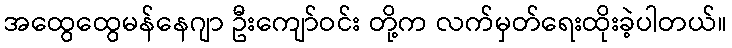
အထွေထွေမန်နေဂျာ ဦးကျော်ဝင်း တို့က လက်မှတ်ရေးထိုးခဲ့ပါတယ်။